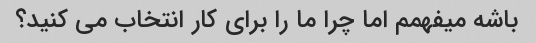
باشه میفهمم اما چرا ما را برای کار انتخاب می کنید؟